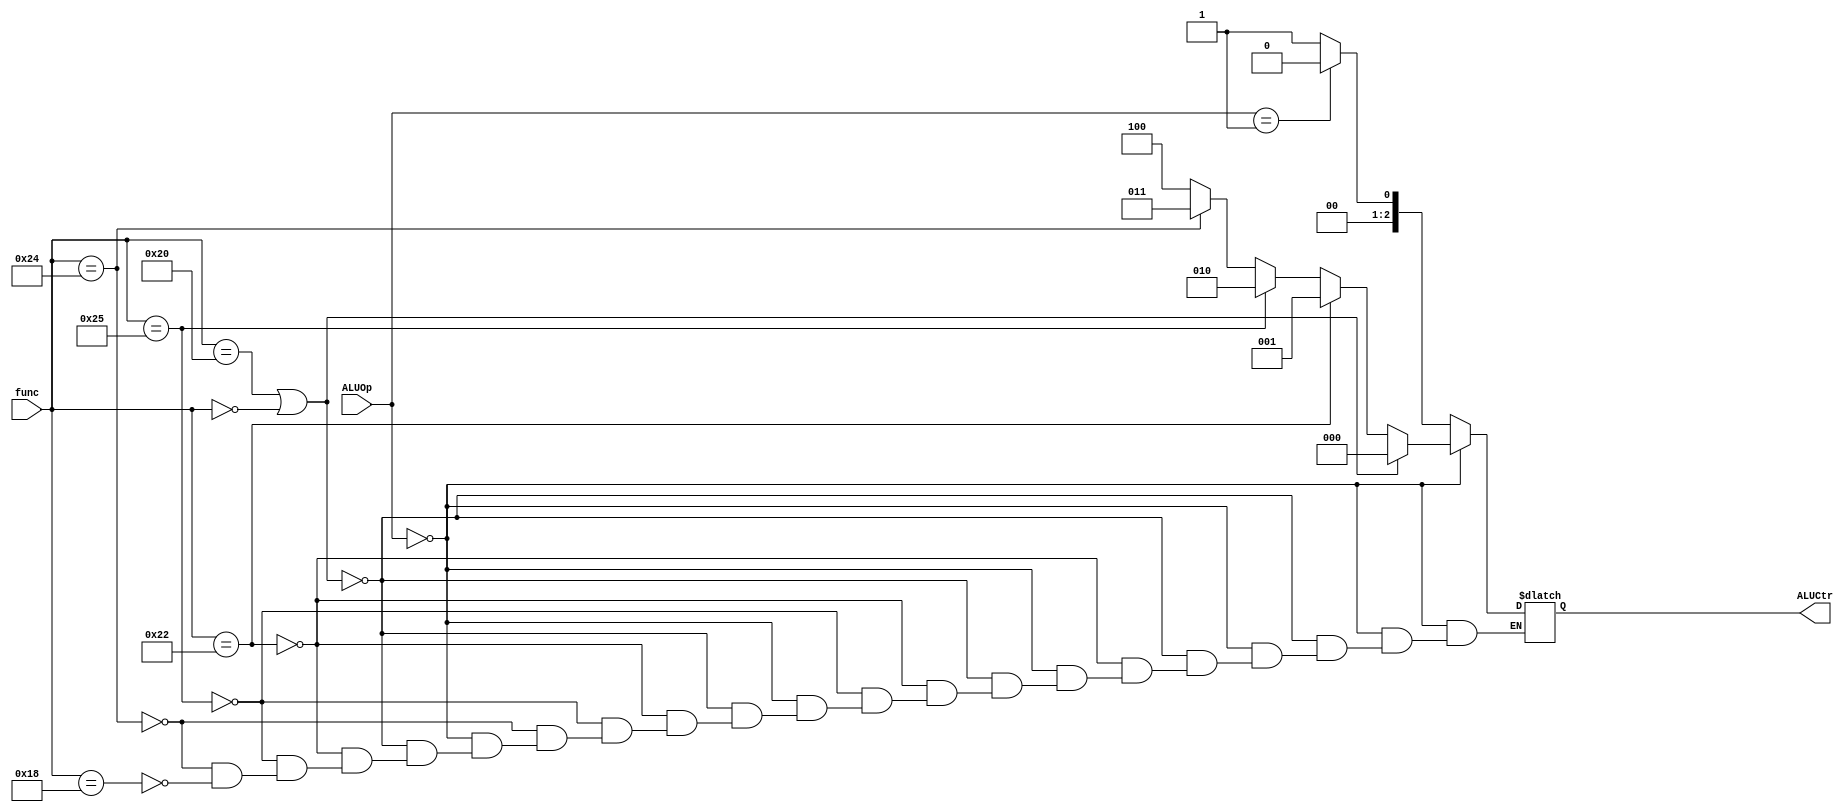
module ALUCtr_unit(
	ALUOp,
	func,
	ALUCtr
);

/* add: 000
   sub: 001
   or : 010
   and: 011
   mul: 100  */


input[1:0] ALUOp;
input[5:0] func;
output[2:0] ALUCtr;

reg[2:0] ac;

always@(*)
begin
  if(ALUOp == 2'b00) // Rtype
  begin
  	if(func == 6'b100000 || func == 6'b000000) // add
  		ac = 3'b000;
  	else if(func == 6'b100010) // sub
  		ac = 3'b001;
  	else if(func == 6'b100101) // or
  		ac = 3'b010;
  	else if(func == 6'b100100) // and
  		ac = 3'b011;
  	else if(func == 6'b011000) // mul
  		ac = 3'b100;
  end
  else if(ALUOp == 2'b01) // add
  	ac = 3'b000;
  else if(ALUOp == 2'b10) // sub
    ac = 3'b001;
  else
    ac = 3'bxxx;
end

assign ALUCtr = ac;

endmodule